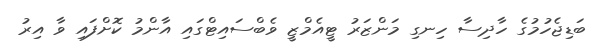
ބަޑިޖެހުމުގެ ހާދިސާ ހިނގި މަންޒަރު ޓީއެމްޒީ ވެބްސައިޓްގައި އާންމު ކޮށްފައި ވާ އިރު